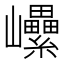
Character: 𡿔